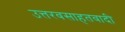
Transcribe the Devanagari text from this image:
उत्तरवसाहतवादी